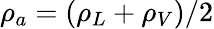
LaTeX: \rho_{a}=(\rho_{L}+\rho_{V})/2